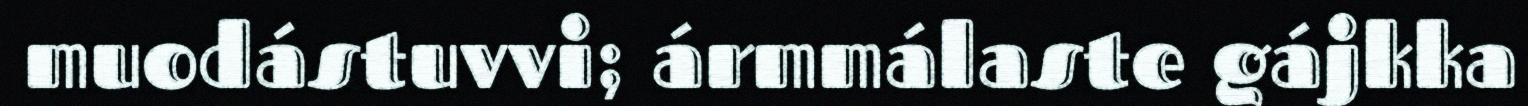
muodástuvvi; ármmálaste gájkka